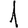
Digit: 1